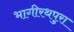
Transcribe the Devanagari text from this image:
भागीरथपुरा